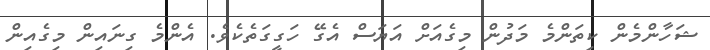
ޝަހާންމެން ކިތަންމެ މަދުން މިގެއަށް އަޔަސް އެގޭ ހަގީގަތެކެވެ. އެންމެ ގިނައިން މިގެއިން